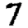
Digit: 7